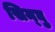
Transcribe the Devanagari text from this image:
सिन्घु